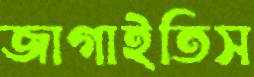
জাগাইতিস